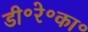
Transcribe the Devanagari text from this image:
डी॰रे॰का॰